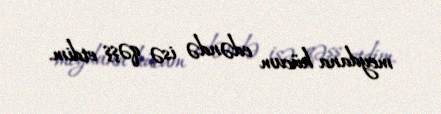
meydana hücum edəndə isə qəşş etdim.